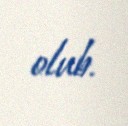
olub.